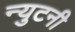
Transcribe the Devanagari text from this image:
न्युटनी